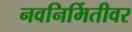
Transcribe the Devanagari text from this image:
नवनिर्मितीवर